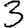
Digit: 3